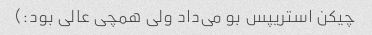
چیکن استریپس بو می‌داد ولی همچی عالی بود:)